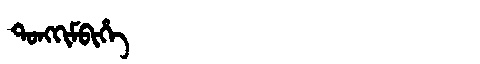
Manchu: ᡨᠣᠩᡴᡳᠮᠪᡳᡥᡝ
Romanization: TONGKIMBIHE